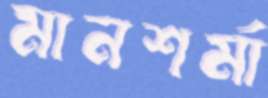
মানশর্মা